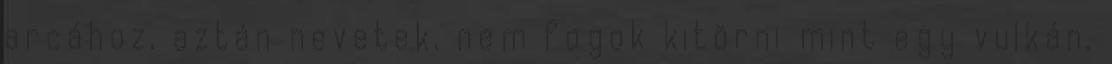
arcához, aztán nevetek, nem fogok kitörni mint egy vulkán,